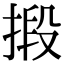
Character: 𢯫